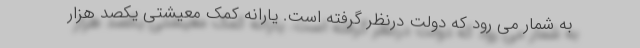
به شمار می رود که دولت درنظر گرفته است. یارانه کمک معیشتی یکصد هزار